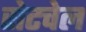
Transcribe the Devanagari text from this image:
सेटचेल